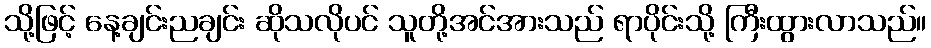
သို့ဖြင့် နေ့ချင်းညချင်း ဆိုသလိုပင် သူတို့အင်အားသည် ရာပိုင်းသို့ ကြီးထွားလာသည်။